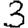
Digit: 3